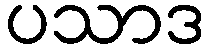
ပသာဒ